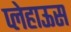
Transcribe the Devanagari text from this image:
प्लेहाऊस